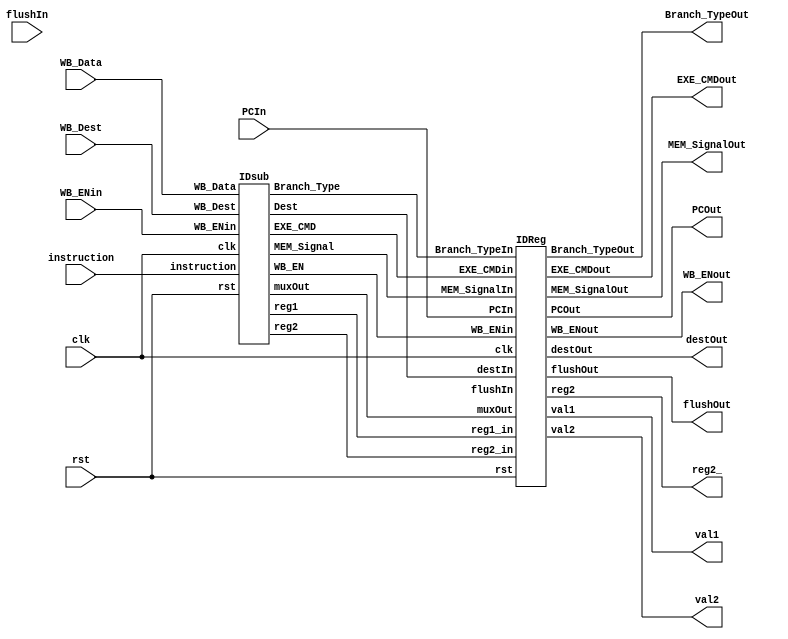
module ID
	(
		input clk,rst,
		// from IF
		input [31:0] instruction,PCIn,
		// from WB stage
		input WB_ENin,
		input[4:0] WB_Dest,
		input [31:0] WB_Data,
		//to stage register
		output WB_ENout,
		output[1:0] MEM_SignalOut,Branch_TypeOut,
		output[3:0]EXE_CMDout,
		output[31:0] val1,val2,reg2_,PCOut,
		output[4:0] destOut,

		input flushIn,
		output flushOut
	);
	wire WB_EnWire;
	wire [1:0] Branch_TypeIn,MEM_SignalIn;
	wire [3:0] EXE_CMDin;
	wire [4:0] DestWire;
	wire [31:0] muxOut,reg1,reg2;
	IDsub _IDsub(
		clk,rst,
		// from IF
		instruction,
		// from WB stage
		WB_ENin,
		WB_Dest,
		WB_Data,
		//to stage register
		DestWire,
		reg1,muxOut,reg2,
		Branch_TypeIn,
		EXE_CMDin,
		// mem_signal
		MEM_SignalIn,
		// write back enable
		WB_EnWire);

	IDReg _IDReg(
		clk,rst,
		// to stage Register
		DestWire,
		reg1,reg2,muxOut,PCIn,
		Branch_TypeIn,
		EXE_CMDin,
		MEM_SignalIn,
		WB_EnWire,
		// to stage register
		destOut,
		val1,reg2_,val2,PCOut,
		Branch_TypeOut,
		EXE_CMDout,
		MEM_SignalOut,
		WB_ENout,
		// from EXE stage
		lushIn,
		flushOut);
endmodule

// * * * * * * * * * * * * * * * * * * * * * * * * * * * * * * * *
module IDsub
	(
		input clk,rst,
		// from IF
		input [31:0] instruction,
		// from WB stage
		input WB_ENin,
		input[4:0] WB_Dest,
		input[31:0] WB_Data,
		//to stage register
		output[4:0] Dest,
		output [31:0] reg1,muxOut,reg2,
		output[1:0] Branch_Type,
		output[3:0] EXE_CMD,
		// mem_signal
		output[1:0] MEM_Signal,
		// write back enable
		output WB_EN
	);

wire is_imm;
wire [31:0] sgnExtendOut;

// * * * * * * * Description * * * * * * *
// val1 is reg1
// val2 is muxOut
// * * * * * * * * * * * * * * * * * * * *

// **** Registe File ****
//RegisterFile(input clk,RegWrt, input [4:0] RdReg1,RdReg2,WrtReg,input [31:0] WrtData, output [31:0] RdData1,RdData2);
RegisterFile _regFile (clk,rst,WB_ENin,instruction[25:21],instruction[20:16],WB_Dest,WB_Data,reg1,reg2);


// **** Sign Extend ****
//module signExtend(input[15:0] in, output[31:0] out);
signExtend _signExtend(instruction[15:0],sgnExtendOut);

// **** Mux ****
//module Mux2to1_32(input s, input [31:0] in0,in1, output [31:0] w);
Mux2to1_32 _mux (is_imm,reg2,sgnExtendOut,muxOut);

// **** Mux ****
Mux2to1_5 _muxDest (is_imm,instruction[15:11],instruction[20:16],Dest);

// **** CU ****
//module controller(input[5:0] opcode, output WB_En,output[1:0] Mem_Signals, output[1:0] Branch_Type, output[3:0] Exe_Cmd, output isImm);
controller _cont(instruction[31:26],WB_EN,MEM_Signal,Branch_Type,EXE_CMD,is_imm);

endmodule
// * * * * * * * * * * * * * * * * * * * * * * * * * * * * * * * *
module IDReg
	(
		input clk,rst,
		// to stage Register
		input[4:0] destIn,
		input[31:0] reg1_in,reg2_in,muxOut,PCIn,
		input[1:0] Branch_TypeIn,
		input[3:0]EXE_CMDin,
		input[1:0] MEM_SignalIn,
		input WB_ENin,
		// to stage register
		output reg[4:0] destOut,
		output reg[31:0] val1,reg2,val2,PCOut,
		output reg[1:0] Branch_TypeOut,
		output reg[3:0]EXE_CMDout,
		output reg[1:0] MEM_SignalOut,
		output reg WB_ENout,
		// from EXE stage
		input flushIn,
		output reg flushOut

	);

	always@(posedge clk,posedge rst) begin
		if (rst) begin
			destOut <= 5'd0;
			val1 <= 32'd0;
			reg2 <= 32'd0;
			val2 <= 32'd0;
			PCOut <= 32'd0;
			WB_ENout <= 1'd0;
			MEM_SignalOut <= 2'd0;
			Branch_TypeOut <= 2'd0;
			EXE_CMDout <= 4'd0;
			flushOut <= 1'd0;
		end
		else begin
			destOut <= destIn;
			val1 <= reg1_in;
			reg2 <= reg2_in;
			val2 <= muxOut;
			PCOut <= PCIn;
			WB_ENout <= WB_ENin;
			MEM_SignalOut <= MEM_SignalIn;
			Branch_TypeOut <= Branch_TypeIn;
			EXE_CMDout <= EXE_CMDin;
			flushOut <= flushIn;
		end
	end


endmodule
// * * * * * * * * * * * * * * * * * * * * * * * * * * * * * * * *
module controller(input [5:0] opcode, output reg WB_En, output reg [1:0] Mem_Signals, output reg [1:0] Branch_Type, output reg [3:0] Exe_Cmd, output reg isImm);
	always @(*) begin
		case (opcode)
			6'b000000: {WB_En, Mem_Signals, Branch_Type, Exe_Cmd, isImm} = 10'b0000000000; // NOP
			6'b000001: {WB_En, Mem_Signals, Branch_Type, Exe_Cmd, isImm} = 10'b1000000000; // ADD
			6'b000011: {WB_En, Mem_Signals, Branch_Type, Exe_Cmd, isImm} = 10'b1000000100; // SUB
			6'b000101: {WB_En, Mem_Signals, Branch_Type, Exe_Cmd, isImm} = 10'b1000001000; // AND
			6'b000110: {WB_En, Mem_Signals, Branch_Type, Exe_Cmd, isImm} = 10'b1000001010; // OR
			6'b000111: {WB_En, Mem_Signals, Branch_Type, Exe_Cmd, isImm} = 10'b1000001100; // NOR
			6'b001000: {WB_En, Mem_Signals, Branch_Type, Exe_Cmd, isImm} = 10'b1000001110; // XOR
			6'b001001: {WB_En, Mem_Signals, Branch_Type, Exe_Cmd, isImm} = 10'b1000010000; // SLA
			6'b001010: {WB_En, Mem_Signals, Branch_Type, Exe_Cmd, isImm} = 10'b1000010000; // SLL
			6'b001011: {WB_En, Mem_Signals, Branch_Type, Exe_Cmd, isImm} = 10'b1000010010; // SRA
			6'b001100: {WB_En, Mem_Signals, Branch_Type, Exe_Cmd, isImm} = 10'b1000010100; // SRL
			6'b100000: {WB_En, Mem_Signals, Branch_Type, Exe_Cmd, isImm} = 10'b1000000001; // ADDI
			6'b100001: {WB_En, Mem_Signals, Branch_Type, Exe_Cmd, isImm} = 10'b1000000101; // SUBI
			6'b100100: {WB_En, Mem_Signals, Branch_Type, Exe_Cmd, isImm} = 10'b1100000001; // LD
			6'b100101: {WB_En, Mem_Signals, Branch_Type, Exe_Cmd, isImm} = 10'b0010000001; // ST
			6'b101000: {WB_En, Mem_Signals, Branch_Type, Exe_Cmd, isImm} = 10'b0000100001; // BEZ
			6'b101001: {WB_En, Mem_Signals, Branch_Type, Exe_Cmd, isImm} = 10'b0001000001; // BNE
			6'b101010: {WB_En, Mem_Signals, Branch_Type, Exe_Cmd, isImm} = 10'b0001100001; // JMP
			default : {WB_En, Mem_Signals, Branch_Type, Exe_Cmd, isImm} = 10'b0000000000; // NOP
		endcase
	end
endmodule
// * * * * * * * * * * * * * * * * * * * * * * * * * * * * * * * *
module RegisterFile(input clk,rst,RegWrt, input [4:0] RdReg1,RdReg2,WrtReg,input [31:0] WrtData, output [31:0] RdData1,RdData2);
	reg	[31:0] reg_file[31:0];
	integer i;
    always @(negedge clk) begin
		if (rst) begin
			for(i = 0; i < 32; i = i+1) begin
	        reg_file[i] = 32'd0;
			end
		end
		if (RegWrt && WrtReg!= 0) begin
			reg_file[WrtReg] <= WrtData;
		end
	end

	assign RdData1 = reg_file[RdReg1];
	assign RdData2 = reg_file[RdReg2];

endmodule
// * * * * * * * * * * * * * * * * * * * * * * * * * * * * * * * *
module signExtend(input[15:0] in, output[31:0] out);
	assign out = $signed(in);
endmodule
// * * * * * * * * * * * * * * * * * * * * * * * * * * * * * * * *
module Mux2to1_32(input s, input [31:0] in0,in1, output [31:0] w);
	assign w = (s == 0) ? in0 : in1;
endmodule
// * * * * * * * * * * * * * * * * * * * * * * * * * * * * * * * *
module Mux2to1_5(input s, input [4:0] in0,in1, output [4:0] w);
	assign w = (s == 0) ? in0 : in1;
endmodule
// * * * * * * * * * * * * * * * * * * * * * * * * * * * * * * * *